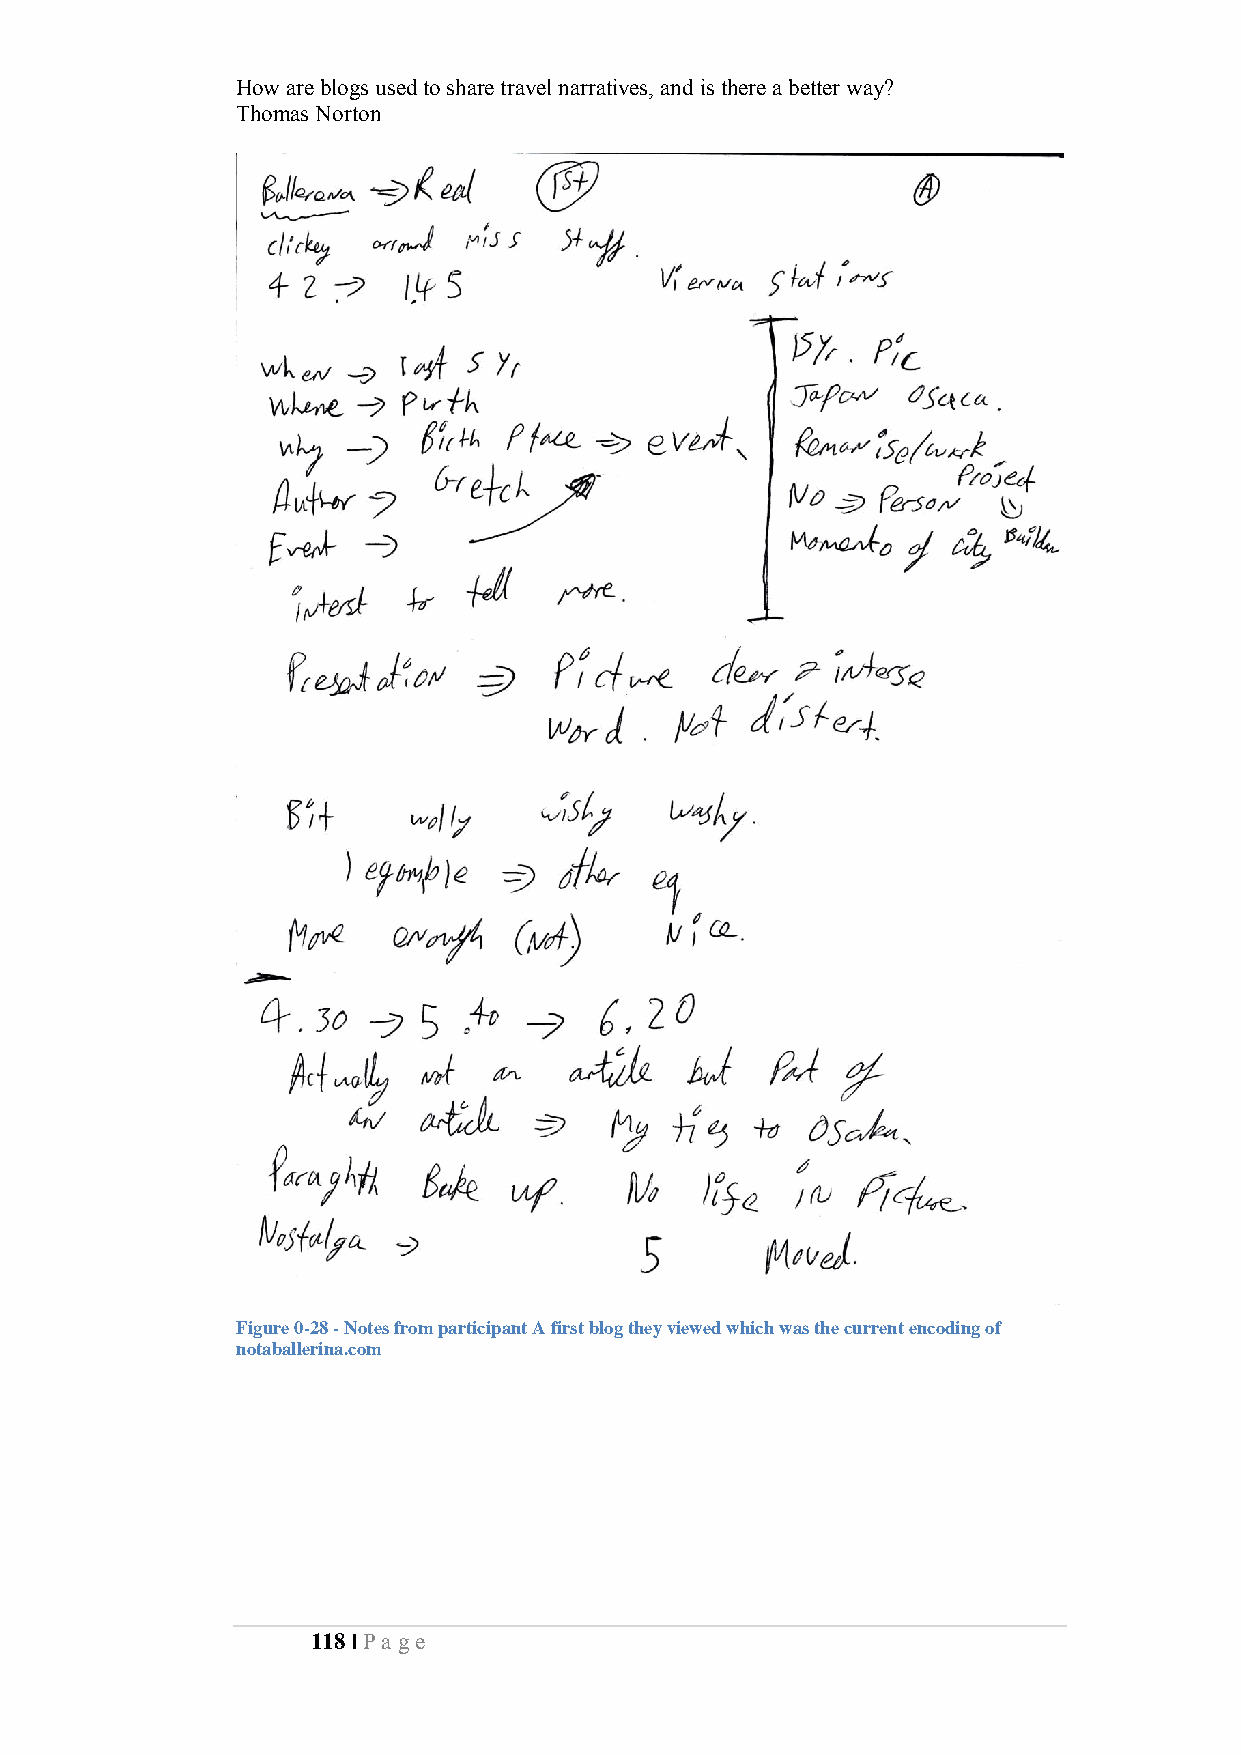
How are blogs used to share travel narratives, and is there a better way?
 Thomas Norton
 Figure 0-28 - Notes from participant A first blog they viewed which was the current encoding of
 notaballerina.com
 118 | Pa ge